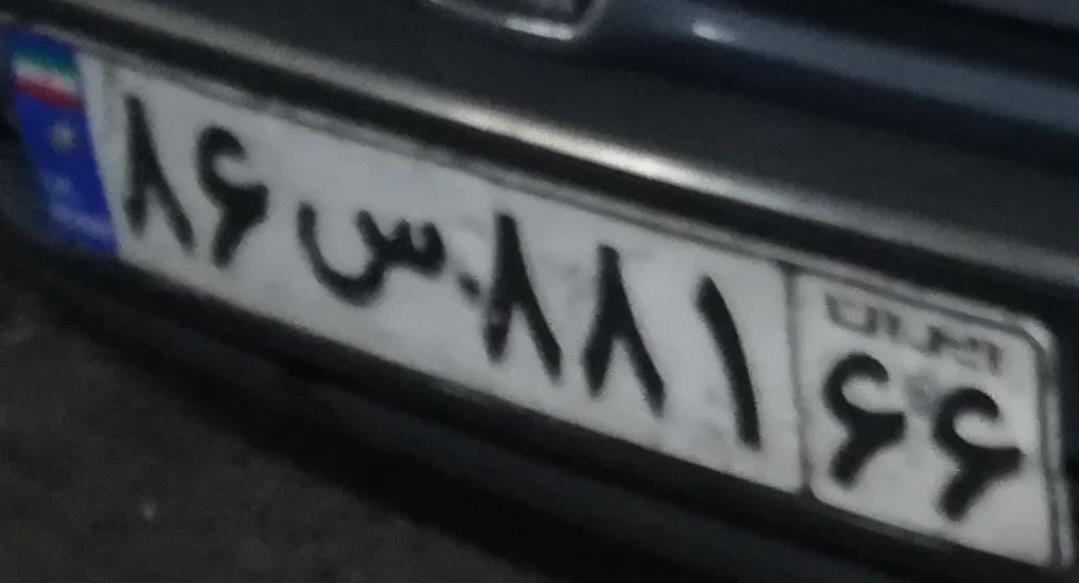
۸۶س۸۸۱۶۶